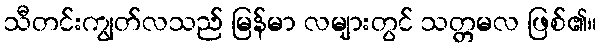
သီတင်းကျွတ်လသည် မြန်မာ လများတွင် သတ္တမလ ဖြစ်၏။